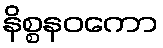
နိစ္စနဝကော